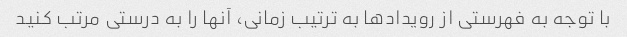
با توجه به فهرستی از رویدادها به ترتیب زمانی، آنها را به درستی مرتب کنید